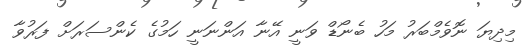
މިދިޔަ ނޮވެމްބަރު މަހު ބެނޯޑް ވަނީ އޭނާ އަންނަނީ ހަމުގެ ކެންސަރަށް ފަރުވާ